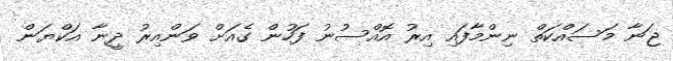
ޖަނާ މަސައްކަތް ނިންމާފައި އިރު އޮއްސުނު ފަހުން ގެއަށް ވަންއިރު ދީނާ އަކްޔަން